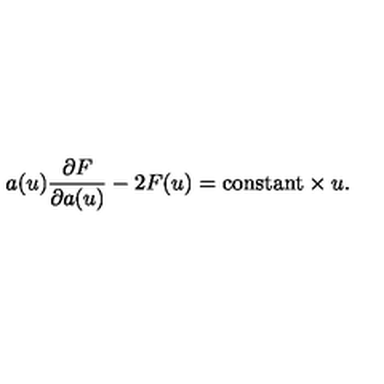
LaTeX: a ( u ) \frac { \partial F } { \partial a ( u ) } - 2 F ( u ) = \mathrm { c o n s t a n t } \times u .